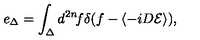
e _ { \Delta } = \int _ { \Delta } d ^ { 2 n } \! f \delta ( f - \langle - i D { \cal E } \rangle ) ,